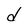
Character: d